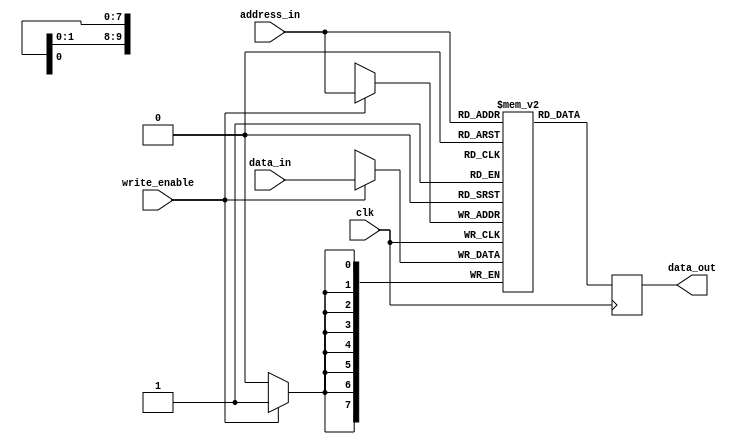
`default_nettype none
module sync_ram_sp #(parameter DATA_WIDTH=8, ADDRESS_WIDTH=10)
   (input  wire                      write_enable, clk,
    input  wire  [DATA_WIDTH-1:0]    data_in,
    input  wire  [ADDRESS_WIDTH-1:0] address_in,
    output wire  [DATA_WIDTH-1:0]    data_out);

  localparam WORD  = (DATA_WIDTH-1);
  localparam DEPTH = (2**ADDRESS_WIDTH-1);

  reg [WORD:0] data_out_r;
  reg [WORD:0] memory [0:DEPTH];

  always @(posedge clk) begin
    if (write_enable)
      memory[address_in] <= data_in;
    data_out_r <= memory[address_in];
  end

  assign data_out = data_out_r;

endmodule // sync_ram_sp


module sync_ram_sdp #(parameter DATA_WIDTH=8, ADDRESS_WIDTH=10)
   (input  wire                      clk, write_enable,
    input  wire  [DATA_WIDTH-1:0]    data_in,
    input  wire  [ADDRESS_WIDTH-1:0] address_in_r, address_in_w,
    output wire  [DATA_WIDTH-1:0]    data_out);

  localparam WORD  = (DATA_WIDTH-1);
  localparam DEPTH = (2**ADDRESS_WIDTH-1);

  reg [WORD:0] data_out_r;
  reg [WORD:0] memory [0:DEPTH];

  always @(posedge clk) begin
    if (write_enable)
      memory[address_in_w] <= data_in;
    data_out_r <= memory[address_in_r];
  end

  assign data_out = data_out_r;

endmodule // sync_ram_sdp


module sync_ram_tdp #(parameter DATA_WIDTH=8, ADDRESS_WIDTH=10)
   (input  wire                      clk_a, clk_b, 
    input  wire                      write_enable_a, write_enable_b,
    input  wire                      read_enable_a, read_enable_b,
    input  wire  [DATA_WIDTH-1:0]    write_data_a, write_data_b,
    input  wire  [ADDRESS_WIDTH-1:0] addr_a, addr_b,
    output reg   [DATA_WIDTH-1:0]    read_data_a, read_data_b);

  localparam WORD  = (DATA_WIDTH-1);
  localparam DEPTH = (2**ADDRESS_WIDTH-1);

  reg [WORD:0] mem [0:DEPTH];

  always @(posedge clk_a) begin
    if (write_enable_a)
      mem[addr_a] <= write_data_a;
    else
      read_data_a <= mem[addr_a];
  end

  always @(posedge clk_b) begin
    if (write_enable_b)
      mem[addr_b] <= write_data_b;
    else
      read_data_b <= mem[addr_b];
  end

endmodule // sync_ram_tdp